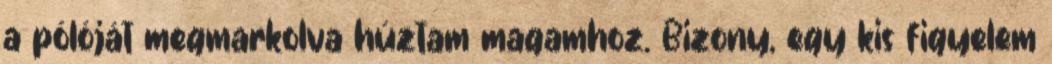
a pólóját megmarkolva húztam magamhoz. Bizony, egy kis figyelem